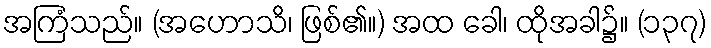
အကြံသည်။ (အဟောသိ၊ ဖြစ်၏။) အထ ခေါ၊ ထိုအခါ၌။ (၁၃၇)